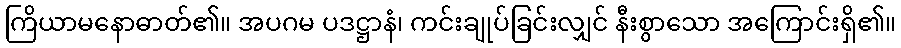
ကြိယာမနောဓာတ်၏။ အပဂမ ပဒဋ္ဌာနံ၊ ကင်းချုပ်ခြင်းလျှင် နီးစွာသော အကြောင်းရှိ၏။